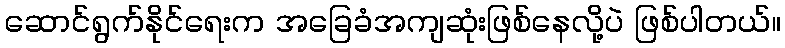
ဆောင်ရွက်နိုင်ရေးက အခြေခံအကျဆုံးဖြစ်နေလို့ပဲ ဖြစ်ပါတယ်။